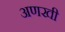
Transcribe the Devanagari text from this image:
अणखी